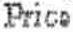
PRICE